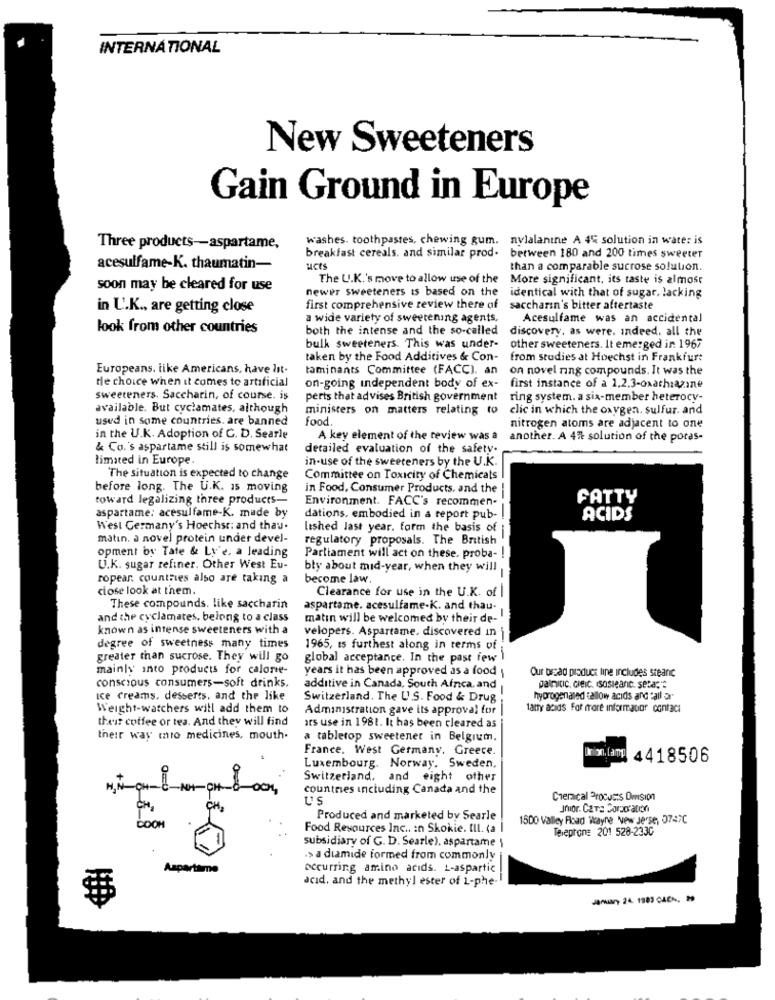
INTERNATIONAL
New Sweeteners
Gain Ground in Europe
washes. toothpastes, chewing gum.
nylalanine A 4% solution in water is
Three products -- aspartame,
breakfast cereals. and similar prod.
between 180 and 200 times sweeter
acesulfame-K. thaumatin-
ucts
than a comparable sucrose solution.
The U.K.'s move to allow use of the
More significant, its taste is almost
soon may be cleared for use
newer sweeteners is based on the
identical with that of sugar, lacking
in U.K ., are getting close
first comprehensive review there of
saccharin's bitter aftertaste
a wide variety of sweetening agents.
Acesulfame was an accidental
look from other countries
both the intense and the so-called
discovery, as were. indeed. all the
bulk sweeteners. This was under-
other sweeteners. It emerged ir. 1967
taken by the Food Additives & Con-
from studies at Hoechst in Frankfurt
Europeans. like Americans, have lit-
taminants Committee (FACC). an
on novel ring compounds. It was the
de choice when it comes to artificial
on-going independent body of ex-
first instance of a 1.2.3-oxathazine
sweeteners. Saccharin, of course. is
perts that advises British government
ring system. a six-member heterocy-
available. But cyclamates, although
ministers on matters relating to
clic in which the oxygen. sulfur. and
used in some countries. are banned
food
nitrogen atoms are adjacent to one
in the U.K. Adoption of C. D. Searle
A key element of the review was a
another. A 4% solution of the poras-
& Co.'s aspartame still is somewhat
detailed evaluation of the safety.
limated in Europe.
in-use of the sweeteners by the U.K.
The situation is expected to change
Committee on Toxicity of Chemicals
before long. The U.K. Is moving
in Food, Consumer Products, and the
toward legalizing three products-
Environment. FACC's recommen-
FATTY
aspartame: acesulfame-K. made by
dations, embodied in a report pub-
ACIDS
West Germany's Hoechst: and thau.
lished last year. form the basis of
matin. a novel protein under devel-
regulatory proposals. The British
opment by Tate & Ly'e, a leading
Parliament will act on these, proba- !
U.K. sugar refiner. Other West Eu-
bly about mid-year, when they will
ropear, countries also are taking a
become law.
close look at them.
Clearance for use in the U.K. of |
These compounds. like saccharin
aspartame. acesulfame-K. and thau-
and the cyclamates, belong to a class
matin will be welcomed by their de-
known as intense sweeteners with a
velopers. Aspartame. discovered in i
degree of sweetness many times
1965, ts furthest along in terms of
greater than sucrose. They will go
global acceptance. In the past few \
mainly into products for calorie-
years it has been approved as a food
Our bread product line includes sreanc
conscious consumers-soft drinks,
additive in Canada, South Afnca, and
Dalnitic, Gleic. (sosieanc. setas"
ice creams, desserts, and the like
Switzerland. The U.S. Food & Drug
hydrogenated allow acids and "all ar
Weight-watchers will add them to
Administration gave its approval for
fatty acids For fore informacior contact
theur coffee or tea. And they will find
ars use in 198t. It has been cleared as
their way mio medicines, mouth.
a tabletop sweetener in Belgium,
France. West Germany. Greece.
4418506
Luxembourg. Norway. Sweden,
Switzerland. and eight other
countries including Canada and the
U's
Cheraical Products Omsion
Produced and marketed by Searle
1500 Valley Road Wayne New Jerse, 0747C
Food Resources Inc .. : n Skokie. Ill. (a I
Tereprone 201 528-2330
subsidiary of G. D. Searle), aspartame \
.> a diamide formed from commonly
Aspartame
occurring amino acids. L-aspartic
acid, and the methyl ester of 1-phe-